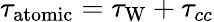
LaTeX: \tau_{\mathrm{atomic}}=\tau_{\mathrm{W}}+\tau_{cc}